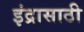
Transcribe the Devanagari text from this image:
इंद्रासाठी